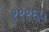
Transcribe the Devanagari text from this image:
१९९६५